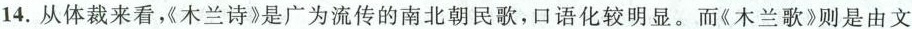
14.从体裁来看，《木兰诗》是广为流传的南北朝民歌，口语化较明显。而《木兰歌》则是由文